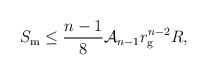
LaTeX: \begin{align*}S_{\rm m} \leq \frac{n-1}{8} {\cal A}_{n-1} r_{\rm g}^{n-2} R,\end{align*}